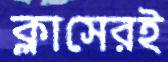
ক্লাসেরই